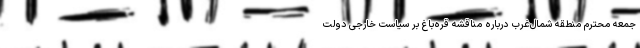
جمعه محترم منطقه شمال‌غرب درباره مناقشه قره‌باغ بر سیاست خارجی دولت